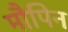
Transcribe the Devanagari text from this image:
मौपिन